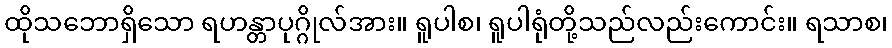
ထိုသဘောရှိသော ရဟန္တာပုဂ္ဂိုလ်အား။ ရူပါစ၊ ရူပါရုံတို့သည်လည်းကောင်း။ ရသာစ၊